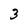
Character: 3